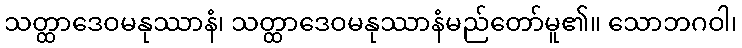
သတ္ထာဒေဝမနုဿာနံ၊ သတ္ထာဒေဝမနုဿာနံမည်တော်မူ၏။ သောဘဂဝါ၊